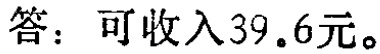
答：可收入39.6元。